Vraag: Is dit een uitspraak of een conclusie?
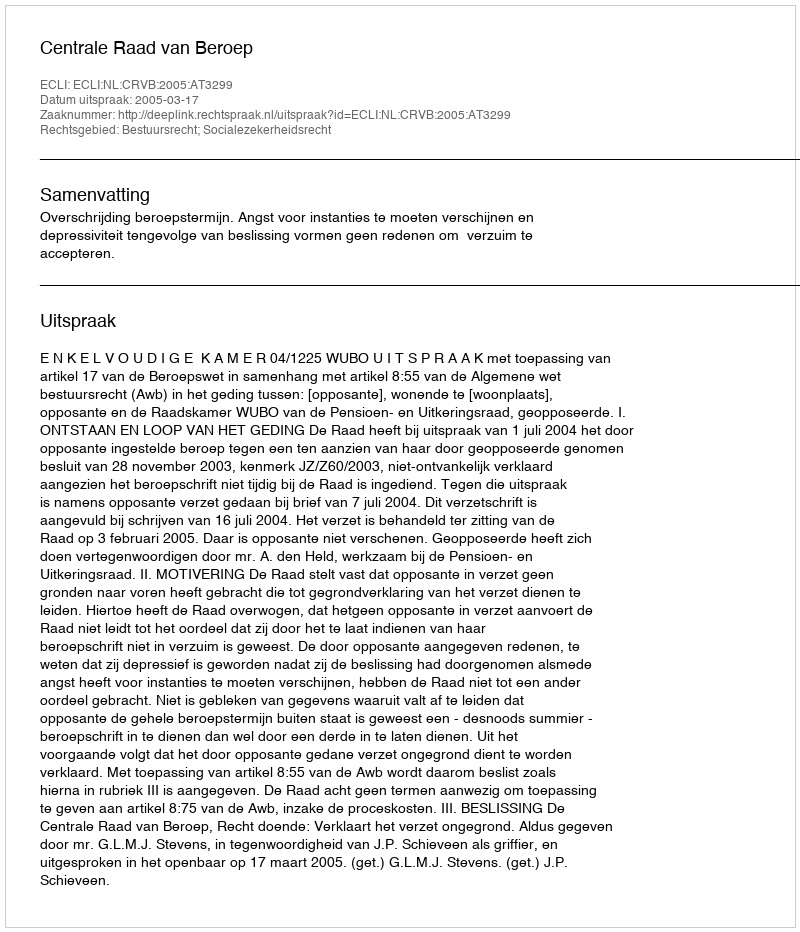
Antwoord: Uitspraak